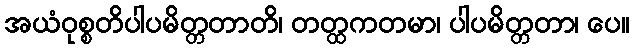
အယံဝုစ္စတိပါပမိတ္တတာတိ၊ တတ္ထကတမာ၊ ပါပမိတ္တတာ၊ ပေ။